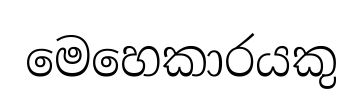
මෙහෙකාරයකු